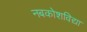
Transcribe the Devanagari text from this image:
नबकोशविद्या